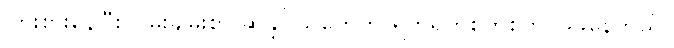
ကြိုးစားနေပြီး ငြိမ်းချမ်းစွာ ဆန္ဒပြသူတွေကို ရက်ရက်စက်စက် ဖြိုခွဲနေတယ်။